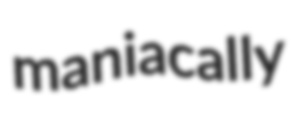
maniacally